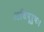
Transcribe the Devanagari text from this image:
अधिपूरुषः।